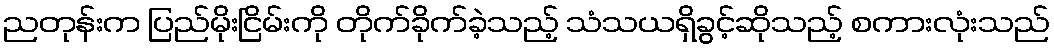
ညတုန်းက ပြည်မိုးငြိမ်းကို တိုက်ခိုက်ခဲ့သည့် သံသယရှိခွင့်ဆိုသည့် စကားလုံးသည်